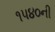
૧૫૪૦ની